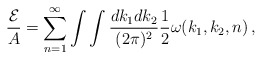
\begin{align*}{{\cal E}\over A}=\sum_{n=1}^{\infty}\int\int{dk_1dk_2\over (2\pi)^2}{1\over2}\omega(k_1,k_2,n)\,,\end{align*}